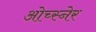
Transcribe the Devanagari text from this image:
ओच्स्नेर